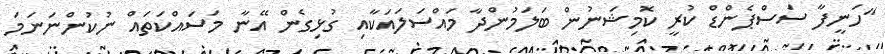
"ހަނީފާ ސަސްޕެންޑް ކުރީ ކޮމިޝަނުން ބަލަމުންދާ މައްސަލައަކާއި ގުޅިގެން އޭނާ މަސައްކަތައް ނުކުންނަނަމަ